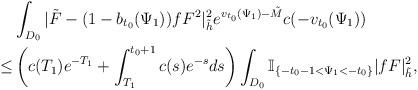
LaTeX: \begin{align*} & \int_{D_0}|\tilde{F}-(1-b_{t_0}(\Psi_1))fF^{2}|^2_{\tilde{h}}e^{v_{t_0}(\Psi_1)- \tilde{M}}c(-v_{t_0}(\Psi_1)) \\ \le & \left(c(T_1)e^{-T_1}+\int_{T_1}^{t_0+1}c(s)e^{-s}ds\right) \int_{D_0}\mathbb{I}_{\{-t_0-1<\Psi_1<-t_0\}}|fF|^2_{\tilde{h}}, \end{align*}